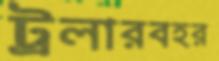
ট্রলারবহর